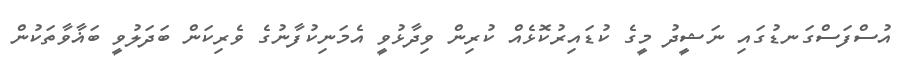
އުސްފަސްގަނޑުގައި ނަޝީދު މީގެ ކުޑައިރުކޮޅެއް ކުރިން ވިދާޅުވީ އެމަނިކުފާނުގެ ވެރިކަން ބަދަލުވީ ބަޣާވާތަކުން